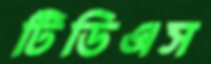
টিডিএস